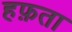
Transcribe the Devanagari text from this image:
हफ़ता